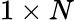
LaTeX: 1\times N